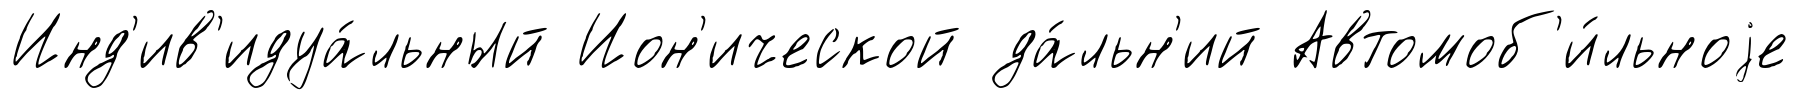
Инд'ив'идуа́льный Ион'ической да́льн'ий Автомоб'и́льноjе